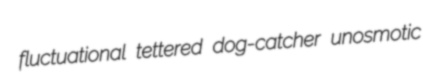
fluctuational tettered dog-catcher unosmotic